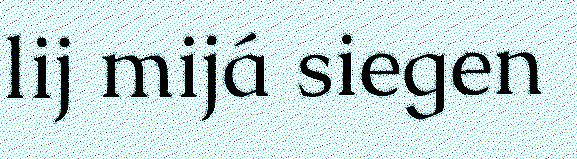
lij mijá siegen